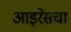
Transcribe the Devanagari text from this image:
आइरेसचा